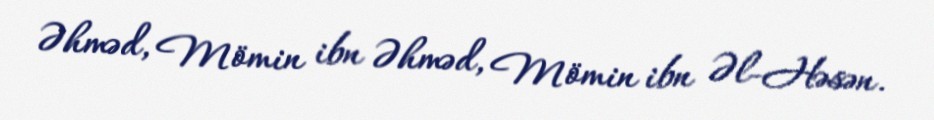
Əhməd, Mömin ibn Əhməd, Mömin ibn Əl-Həsən.